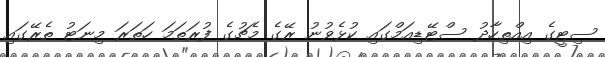
ސިޓީގެ އިއްތިހާދު ސްޓޭޑިއަމްގައި ކުޅެވުނު ރޭގެ މެޗުގެ ފުރަތަމަ ހަތަރަ މިނަޓު ތެރޭގައި